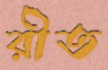
রীত